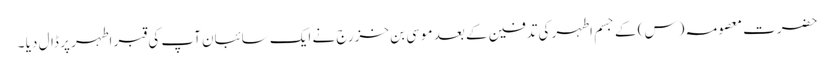
حضرت معصومہ (س) کے جسم اطہر کی تدفین کے بعد موسی بن خزرج نے ایک سائبان آپ کی قبر اطہر پر ڈال دیا ۔